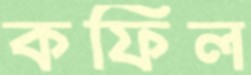
কফিল